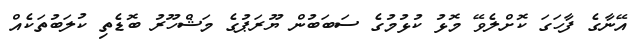
އޭނާގެ ފާހަގަ ކޮށްލެވޭ މޮޅު ކުޅުމުގެ ސަބަބުން ޔޫރަޕުގެ މަޝްހޫރު ބޮޑެތި ކުލަބުތަކެއް